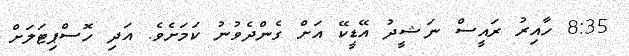
8:35 ހާއިރު ރައީސް ނަޝީދު އޭޑީކޭ އަށް ގެންދެވުނު ކަމަށެވެ. އަދި ހޮސްޕިޓަލަށް